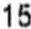
15